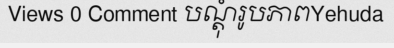
Views 0 Comment បណ្តុំរូបភាពYehuda